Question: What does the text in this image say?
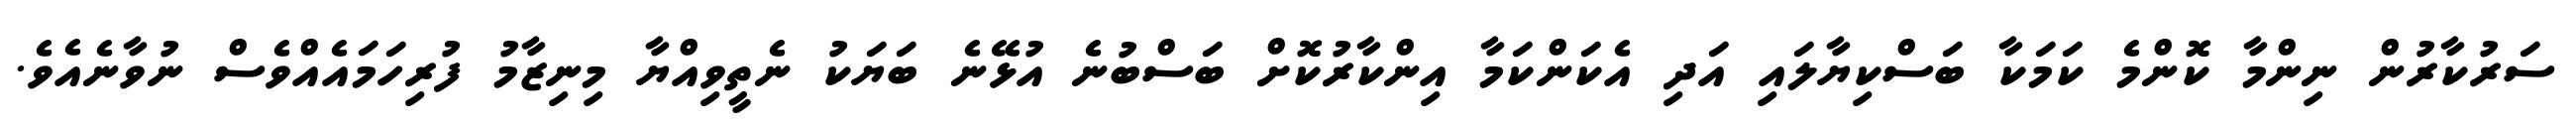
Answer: ސަރުކާރުން ނިންމާ ކޮންމެ ކަމަކާ ބަސްކިޔާލައި އަދި އެކަންކަމާ އިންކާރުކޮށް ބަސްބުނެ އުޅޭނެ ބަޔަކު ނެތީވިއްޔާ މިނިޒާމު ފުރިހަމައެއްވެސް ނުވާނެއެވެ.